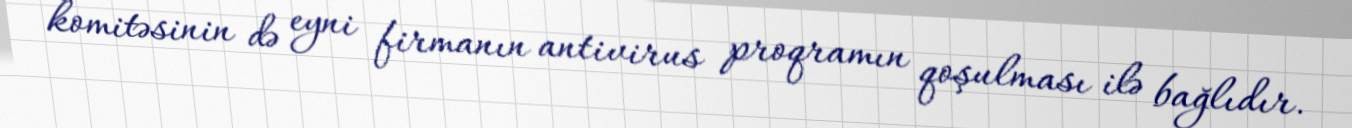
komitəsinin də eyni firmanın antivirus proqramın qoşulması ilə bağlıdır.